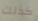
كذلك